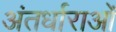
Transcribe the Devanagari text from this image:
अंतर्धाराओं